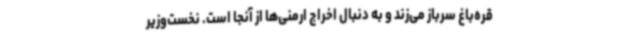
قره‌باغ سرباز می‌زند و به دنبال اخراج ارمنی‌ها از آنجا است. نخست‌وزیر